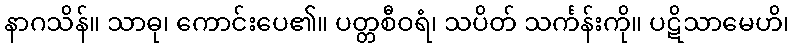
နာဂသိန်။ သာဓု၊ ကောင်းပေ၏။ ပတ္တစီဝရံ၊ သပိတ် သင်္ကန်းကို။ ပဋိသာမေဟိ၊